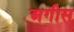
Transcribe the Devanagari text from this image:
अगीस